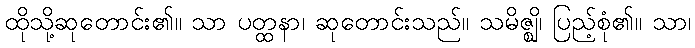
ထိုသို့ဆုတောင်း၏။ သာ ပတ္ထနာ၊ ဆုတောင်းသည်။ သမိဇ္ဈိ၊ ပြည့်စုံ၏။ သာ၊